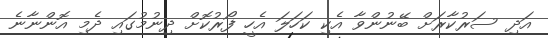
އަދި ސަރުކާރަށް ބޭނުންވާ އެކި ކަހަލަ އެހީ ފޯރުކޮށް ދިނުމުގައި ދެމި އޮންނާނެ